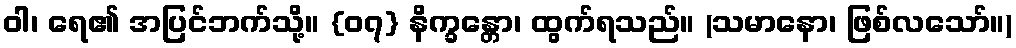
ဝါ၊ ရေ၏ အပြင်ဘက်သို့။ {၀၇} နိက္ခန္တော၊ ထွက်ရသည်။ (သမာနော၊ ဖြစ်လသော်။)